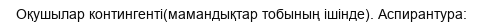
Оқушылар контингенті(мамандықтар тобының ішінде). Аспирантура: